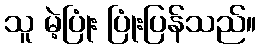
သူ မဲ့ပြုံး ပြုံးပြန်သည်။